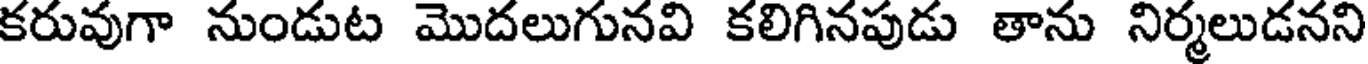
కరువుగా నుండుట మొదలుగునవి కలిగినపుడు తాను నిర్మలుడనని